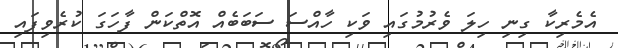
އެމެރިކާ ގިނި ހިލަ ވެރުމުގައި ވަކި ހާއްސަ ސަބަބެއް އޮތްކަން ފާހަގަ ކުރެވިފައި